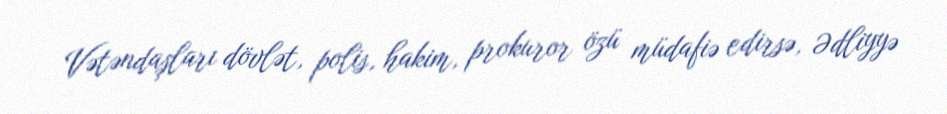
Vətəndaşları dövlət, polis, hakim, prokuror özü müdafiə edirsə, Ədliyyə